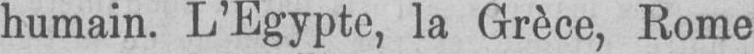
humain. L’Egypte, la Grèce, Rome